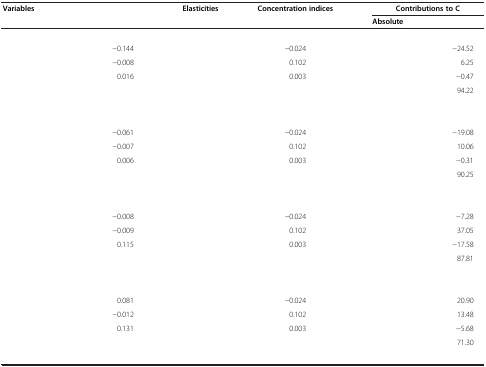
<table><thead><tr><td rowspan="2"><b>Variables</b></td><td rowspan="2">[EMPTY_CELL]</td><td rowspan="2"><b>Elasticities</b></td><td rowspan="2"><b>Concentration indices</b></td><td colspan="2"><b>Contributions to C</b></td></tr><tr><td><b>Absolute</b></td><td>[EMPTY_CELL]</td></tr></thead><tbody><tr><td colspan="6">[EMPTY_CELL]</td></tr><tr><td>[EMPTY_CELL]</td><td>−0.144</td><td>[EMPTY_CELL]</td><td>−0.024</td><td>[EMPTY_CELL]</td><td>−24.52</td></tr><tr><td>[EMPTY_CELL]</td><td>−0.008</td><td>[EMPTY_CELL]</td><td>0.102</td><td>[EMPTY_CELL]</td><td>6.25</td></tr><tr><td>[EMPTY_CELL]</td><td>0.016</td><td>[EMPTY_CELL]</td><td>0.003</td><td>[EMPTY_CELL]</td><td>−0.47</td></tr><tr><td>[EMPTY_CELL]</td><td>[EMPTY_CELL]</td><td>[EMPTY_CELL]</td><td>[EMPTY_CELL]</td><td>[EMPTY_CELL]</td><td>94.22</td></tr><tr><td>[EMPTY_CELL]</td><td>[EMPTY_CELL]</td><td>[EMPTY_CELL]</td><td>[EMPTY_CELL]</td><td>[EMPTY_CELL]</td><td>[EMPTY_CELL]</td></tr><tr><td colspan="6">[EMPTY_CELL]</td></tr><tr><td>[EMPTY_CELL]</td><td>−0.061</td><td>[EMPTY_CELL]</td><td>−0.024</td><td>[EMPTY_CELL]</td><td>−19.08</td></tr><tr><td>[EMPTY_CELL]</td><td>−0.007</td><td>[EMPTY_CELL]</td><td>0.102</td><td>[EMPTY_CELL]</td><td>10.06</td></tr><tr><td>[EMPTY_CELL]</td><td>0.006</td><td>[EMPTY_CELL]</td><td>0.003</td><td>[EMPTY_CELL]</td><td>−0.31</td></tr><tr><td>[EMPTY_CELL]</td><td>[EMPTY_CELL]</td><td>[EMPTY_CELL]</td><td>[EMPTY_CELL]</td><td>[EMPTY_CELL]</td><td>90.25</td></tr><tr><td>[EMPTY_CELL]</td><td>[EMPTY_CELL]</td><td>[EMPTY_CELL]</td><td>[EMPTY_CELL]</td><td>[EMPTY_CELL]</td><td>[EMPTY_CELL]</td></tr><tr><td colspan="6">[EMPTY_CELL]</td></tr><tr><td>[EMPTY_CELL]</td><td>−0.008</td><td>[EMPTY_CELL]</td><td>−0.024</td><td>[EMPTY_CELL]</td><td>−7.28</td></tr><tr><td>[EMPTY_CELL]</td><td>−0.009</td><td>[EMPTY_CELL]</td><td>0.102</td><td>[EMPTY_CELL]</td><td>37.05</td></tr><tr><td>[EMPTY_CELL]</td><td>0.115</td><td>[EMPTY_CELL]</td><td>0.003</td><td>[EMPTY_CELL]</td><td>−17.58</td></tr><tr><td>[EMPTY_CELL]</td><td>[EMPTY_CELL]</td><td>[EMPTY_CELL]</td><td>[EMPTY_CELL]</td><td>[EMPTY_CELL]</td><td>87.81</td></tr><tr><td>[EMPTY_CELL]</td><td>[EMPTY_CELL]</td><td>[EMPTY_CELL]</td><td>[EMPTY_CELL]</td><td>[EMPTY_CELL]</td><td>[EMPTY_CELL]</td></tr><tr><td colspan="6">[EMPTY_CELL]</td></tr><tr><td>[EMPTY_CELL]</td><td>0.081</td><td>[EMPTY_CELL]</td><td>−0.024</td><td>[EMPTY_CELL]</td><td>20.90</td></tr><tr><td>[EMPTY_CELL]</td><td>−0.012</td><td>[EMPTY_CELL]</td><td>0.102</td><td>[EMPTY_CELL]</td><td>13.48</td></tr><tr><td>[EMPTY_CELL]</td><td>0.131</td><td>[EMPTY_CELL]</td><td>0.003</td><td>[EMPTY_CELL]</td><td>−5.68</td></tr><tr><td>[EMPTY_CELL]</td><td>[EMPTY_CELL]</td><td>[EMPTY_CELL]</td><td>[EMPTY_CELL]</td><td>[EMPTY_CELL]</td><td>71.30</td></tr><tr><td>[EMPTY_CELL]</td><td>[EMPTY_CELL]</td><td>[EMPTY_CELL]</td><td>[EMPTY_CELL]</td><td>[EMPTY_CELL]</td><td>[EMPTY_CELL]</td></tr></tbody></table>